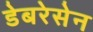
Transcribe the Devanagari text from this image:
डेबरेसेन